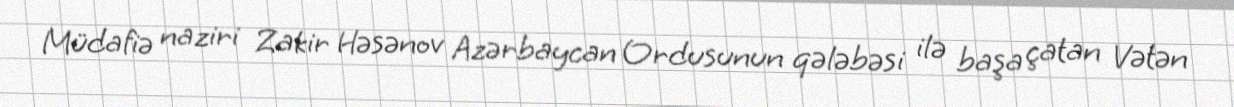
Müdafiə naziri Zakir Həsənov Azərbaycan Ordusunun qələbəsi ilə başa çatan Vətən